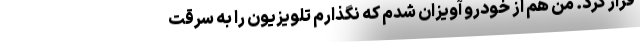
فرار کرد. من هم از خودرو آویزان شدم که نگذارم تلویزیون را به سرقت